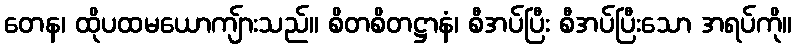
တေန၊ ထိုပထမယောကျ်ားသည်။ စိတစိတဋ္ဌာနံ၊ စီအပ်ပြီး စီအပ်ပြီးသော အရပ်ကို။